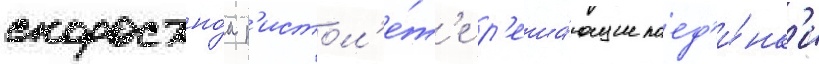
скоростно́м п'истол'е́т'е р'еша́ющие поед'и́нк'и